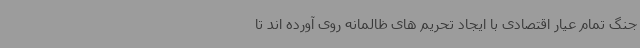
جنگ تمام عیار اقتصادی با ایجاد تحریم های ظالمانه روی آورده اند تا